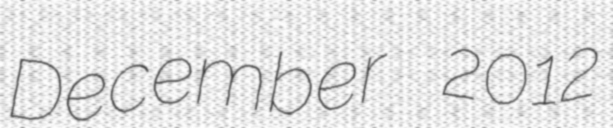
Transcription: December 2012